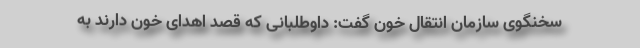
سخنگوی سازمان انتقال خون گفت: داوطلبانی که قصد اهدای خون دارند به